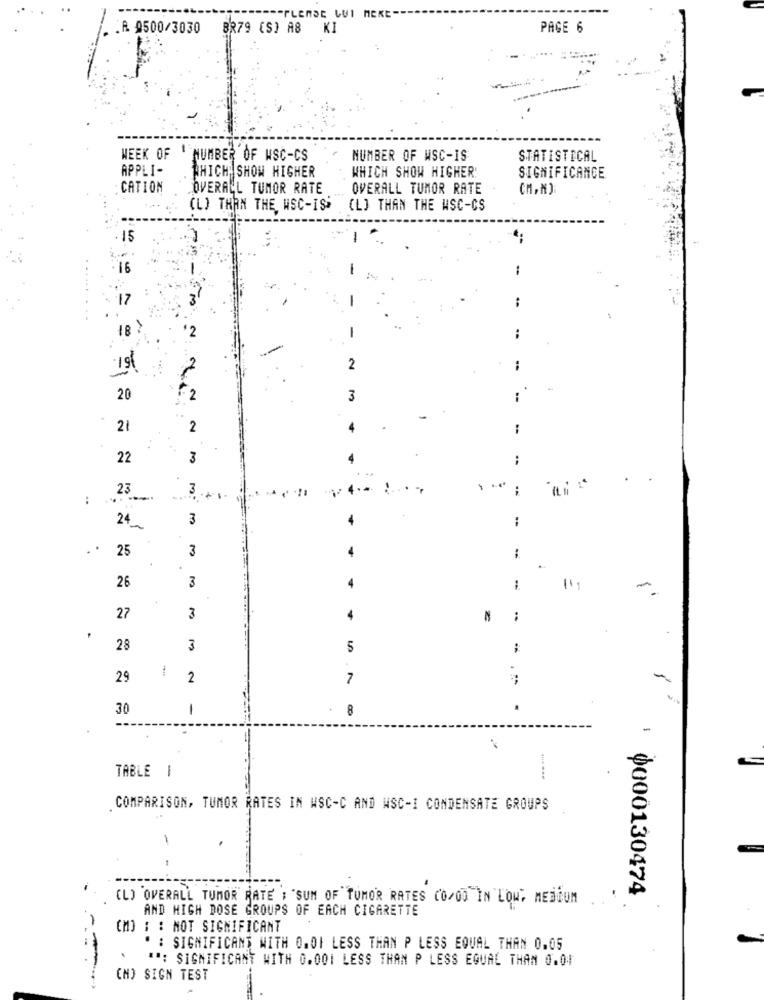
.R. 0500/3030 8279 (S) A8 KI
PAGE 6
WEEK OF 1
NUMBER OF WSC-CS
NUMBER OF WSC-IS
STATISTICAL
APPLI-
WHICH SHOW HIGHER!
WHICH SHOW HIGHER
SIGNIFICANCE
CATION
OVERALL TUMOR RATE
OVERALL TUMOR RATE
(L) THAN THE, WSC-IS
(L) THAN THE WSC-CS
15
16
1
17
..
...
'2
20
3
--
-
21
2
22
3
:
23
:
3
24
. .
25
3
-
3
26
11.
27
3
N
:
28
3
5
-
29
2
7
-
30
1
8
TABLE 1
COMPARISON, TUMOR RATES IN WSC-C AND WSC-I CONDENSATE GROUPS
1
(L) OVERALL TUMOR RATE : "SUM OF TUMOR RATES CO/00 IN LOW, MEDIUM
: 0000130474
AND HIGH DOSE GROUPS OF EACH CIGARETTE
[M] : : MOT SIGNIFICANT
: SIGNIFICANT WITH 0.OF LESS THAN P LESS EQUAL THAN 0.05
.
**: SIGNIFICANT WITH 0.001 LESS THAN P LESS EQUAL THAN 0.01
--
(H) SIGN TEST